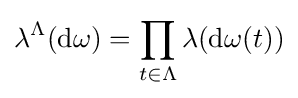
\lambda ^{\Lambda }(\mathrm {d} \omega )=\prod _{t\in \Lambda }\lambda (\mathrm {d} \omega (t))